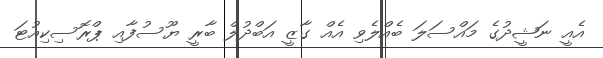
އެއީ ނަޝީދުގެ މައްސަލަ ބެއްލެވި އެއް ގާޒީ އަބްދުލް ބާރީ ޔޫސުފާއި ޕްރޮސިކިއުޓަ